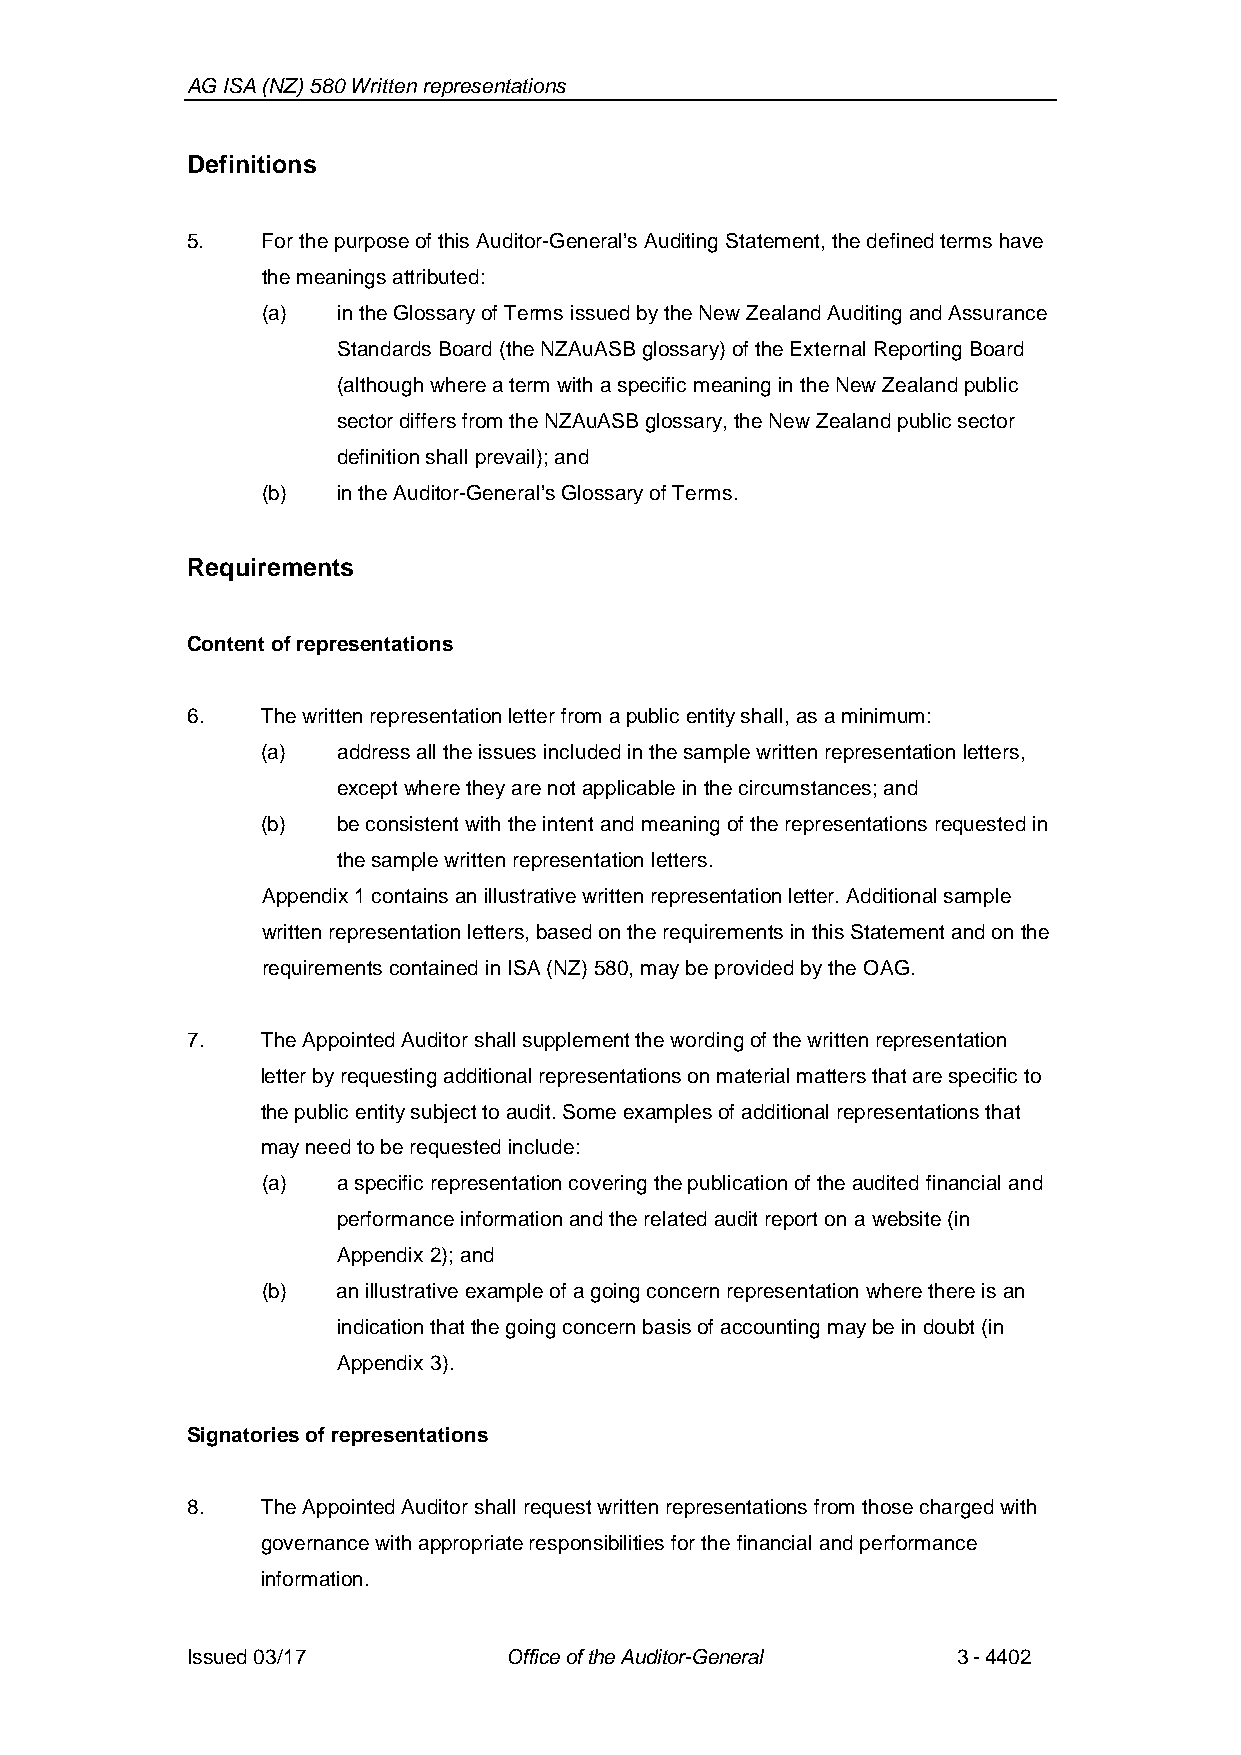
AG ISA (NZ) 580 Written representations
 Definitions
 5.   For the purpose of this Auditor-General’s Auditing Statement,the defined terms have
 the meanings attributed:
 (a)  in the Glossary of Terms issued by the New Zealand Auditing and Assurance
 Standards Board (the NZAuASB glossary) of the External Reporting Board
 (although where a term with a specific meaning in the New Zealand public
 sector differs from the NZAuASB glossary, the New Zealand public sector
 definition shall prevail); and
 (b)  in the Auditor-General’s Glossary of Terms.
 Requirements
 Contentof representations
 6.   The written representation letter from a public entityshall, as a minimum:
 (a)  address all the issues included in the samplewritten representationletters,
 except where they are not applicable in the circumstances; and
 (b)  be consistent with the intent and meaning of the representations requested in
 the samplewritten representationletters.
 Appendix1 contains anillustrative written representation letter. Additional sample
 written representation letters, based on the requirements in this Statementand on the
 requirements contained in ISA (NZ) 580, maybe providedby the OAG.
 7.   The Appointed Auditorshallsupplementthe wording of the written representation
 letterby requesting additional representations on material matters that are specific to
 the public entitysubject toaudit.Some examples of additional representations that
 may need to be requested include:
 (a)  aspecific representation covering the publication of the audited financial and
 performanceinformationand the related audit report on a website(in
 Appendix 2); and
 (b)  an illustrative example of a going concern representation where there is an
 indication that the going concern basis of accountingmaybe in doubt(in
 Appendix 3).
 Signatoriesof representations
 8.   The Appointed Auditor shall request written representations from those charged with
 governance with appropriate responsibilities for the financial and performance
 information.
 Issued 03/17         Office of the Auditor-General 3-4402